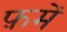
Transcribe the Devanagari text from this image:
फ़में